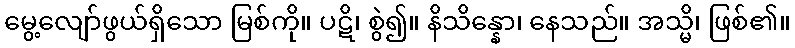
မွေ့လျော်ဖွယ်ရှိသော မြစ်ကို။ ပဋိ၊ စွဲ၍။ နိသိန္နော၊ နေသည်။ အသ္မိ၊ ဖြစ်၏။